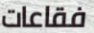
فقاعات